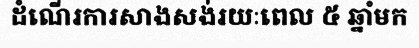
ដំណើរការសាងសង់រយៈពេល ៥ ឆ្នាំមក